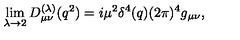
\lim _ { \lambda \rightarrow 2 } D _ { \mu \nu } ^ { ( \lambda ) } ( q ^ { 2 } ) = i \mu ^ { 2 } \delta ^ { 4 } ( q ) ( 2 \pi ) ^ { 4 } g _ { \mu \nu } ,